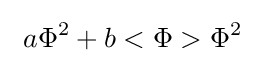
\ a\Phi ^{2}+b<\Phi >\Phi ^{2}~